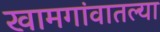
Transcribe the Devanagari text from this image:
खामगांवातल्या